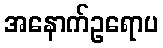
အနောက်ဥရောပ